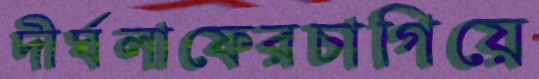
দীর্ঘলাফেরচাগিয়ে